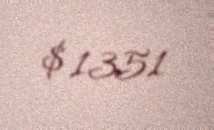
$ 1351